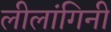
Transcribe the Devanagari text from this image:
लीलांगिनी